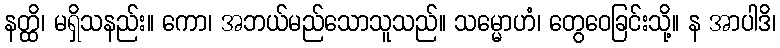
နတ္ထိ၊ မရှိသနည်း။ ကော၊ အဘယ်မည်သောသူသည်။ သမ္မောဟံ၊ တွေဝေခြင်းသို့။ န အာပါဒိ၊